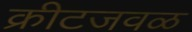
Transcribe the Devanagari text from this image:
क्रीटजवळ